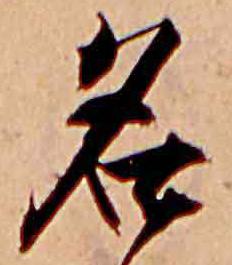
名